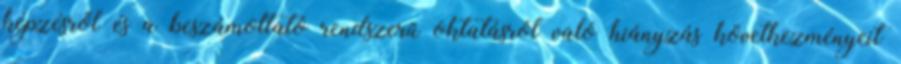
képzésről és a beszámoltató rendszerű oktatásról való hiányzás következményeit